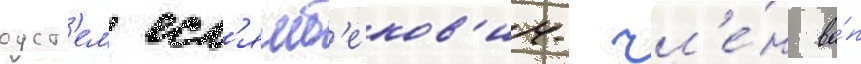
руст'ем есл'ямб'еков'ич- чл'е́н ва́п